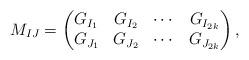
LaTeX: \begin{align*}M_{IJ}=\begin{pmatrix}G_{I_1} & G_{I_2} & \cdots & G_{I_{2k}}\\G_{J_1} & G_{J_2} & \cdots & G_{J_{2k}}\end{pmatrix},\end{align*}